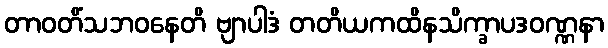
တာဝတိံသဘဝနေတိ ဗျာပါဒံ တတိယကထိနသိက္ခာပဒဝဏ္ဏနာ